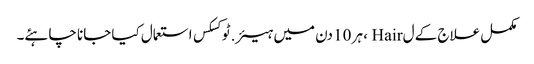
مکمل علاج کے ل Hair ، ہر 10 دن میں ہیئر.ٹوکسکس استعمال کیا جانا چاہئے۔